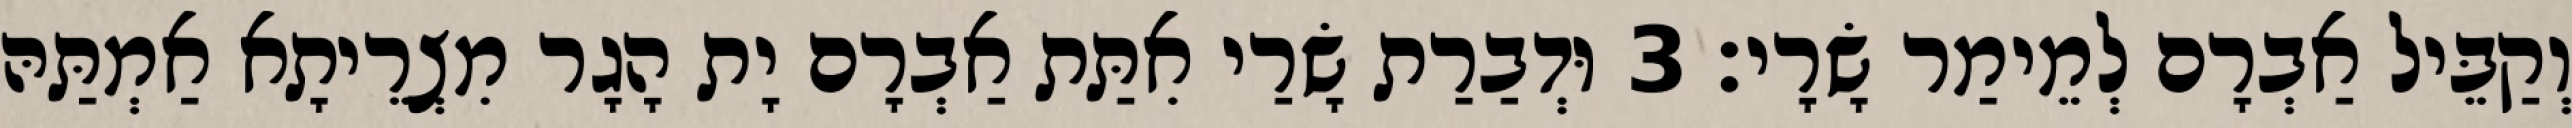
וְקַבֵּיל אַבְרָם לְמֵימַר שָׂרָי׃ 3 וּדְבַרַת שָׂרַי אִתַּת אַבְרָם יָת הָגָר מִצְרֵיתָא אַמְתַּהּ